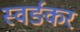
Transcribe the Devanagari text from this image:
स्वर्ङकर